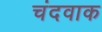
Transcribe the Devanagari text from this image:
चंदवाक